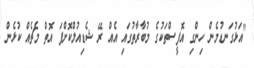
"އަޅުގަނޑުމެން ހިންގި އޮފީސްތަކުގެ މުބާރާތުގައި އެއް ރޭ ޝެޑިއުލްކޮށްފަ އޮތް މެޗެއް ކުޅެން